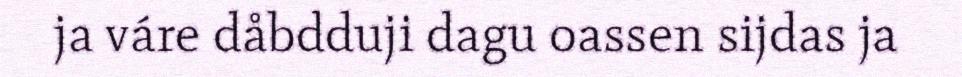
ja váre dåbdduji dagu oassen sijdas ja